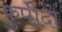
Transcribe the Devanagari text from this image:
कुपीदो